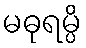
မဓုရမ္ပိ